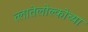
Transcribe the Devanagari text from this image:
त्लातेलोल्कोच्या